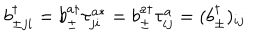
b _ { \pm j i } ^ { \dagger } = b _ { \pm } ^ { a \dagger } \tau _ { j i } ^ { a * } = b _ { \pm } ^ { a \dagger } \tau _ { i j } ^ { a } = ( b _ { \pm } ^ { \dagger } ) _ { i j }